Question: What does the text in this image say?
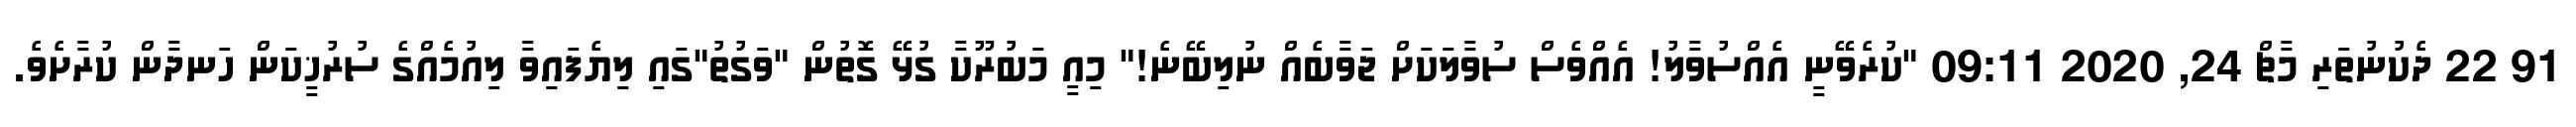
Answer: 91 22 ދެކުނުތަރި މާޗް 24, 2020 09:11 "ކުރެވޭނީ އެއްސުވާލު! އެއްވެސް ސުވާލަކަށް ޖަވާބެއް ނުލިބޭނެ!" މިއީ މަބުރޫކާ ގުޅޭ ގޮތުން "ވަގުތު"ގައި ލިޔެފައިވާ ލިއުމެއްގެ ސުރުޚީކަން ހަނދާން ކުރާށެވެ.